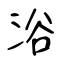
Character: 浴